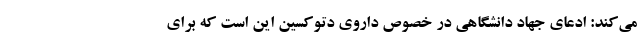
می‌کند: ادعای جهاد دانشگاهی در خصوص داروی دتوکسین این است که برای